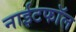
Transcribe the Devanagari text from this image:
नाईटफाॅल